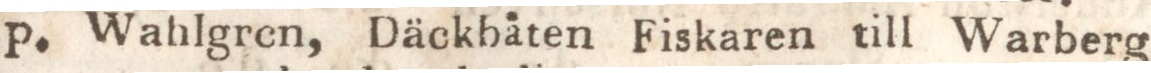
P. Wahlgren, Däckbäten Fiskaren till Warberg